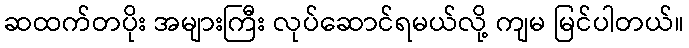
ဆထက်တပိုး အများကြီး လုပ်ဆောင်ရမယ်လို့ ကျမ မြင်ပါတယ်။